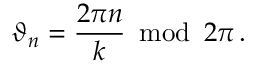
\vartheta _ { n } = \frac { 2 \pi n } { k } \: \bmod \: 2 \pi \, .